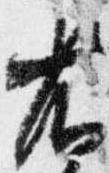
省